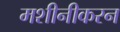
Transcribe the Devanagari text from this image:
मशीनीकरन